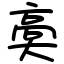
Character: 䯨